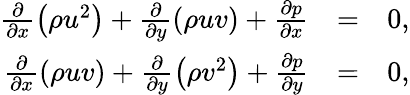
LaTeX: \begin{array}{rlr}{\frac{\partial}{\partial x}\left(\rho u^{2}\right)+\frac{\partial}{\partial y}\left(\rho uv\right)+\frac{\partial p}{\partial x}}&{=}&{0,}\\ {\frac{\partial}{\partial x}\left(\rho uv\right)+\frac{\partial}{\partial y}\left(\rho v^{2}\right)+\frac{\partial p}{\partial y}}&{=}&{0,}\end{array}